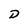
Character: D